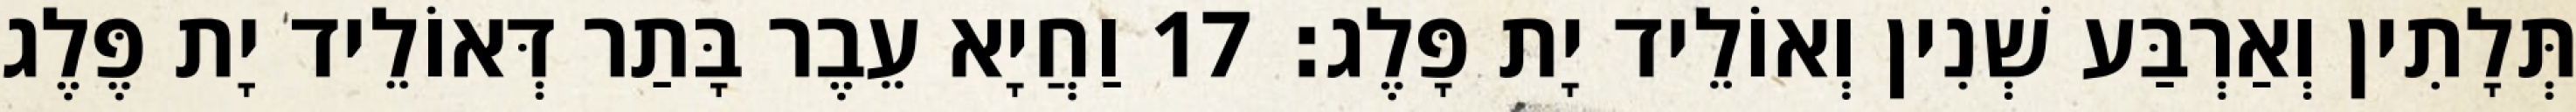
תְּלָתִין וְאַרְבַּע שְׁנִין וְאוֹלֵיד יָת פָּלֶג׃ 17 וַחֲיָא עֵבֶר בָּתַר דְּאוֹלֵיד יָת פֶּלֶג